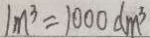
1 m ^ { 3 } = 1 0 0 0 d m ^ { 3 }